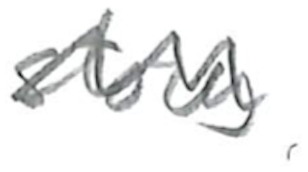
Text: story
Cross-out: zig-zag
Writing tool: pencil